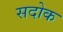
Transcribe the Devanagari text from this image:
सदोक